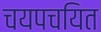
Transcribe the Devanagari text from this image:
चयपचयित